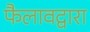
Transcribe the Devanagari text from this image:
फैलावद्वारा